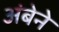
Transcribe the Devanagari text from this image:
अंबेने